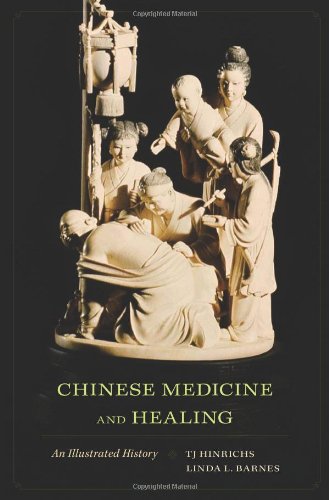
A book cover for Chinese Medicine and Healing: An Illustrated History; Health, Fitness & Dieting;